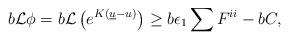
LaTeX: \begin{align*} b\mathcal{L}\phi= b\mathcal{L}\left(e^{K(\underline u-u)}\right)\geq b\epsilon_1 \sum F^{ii}-bC, \end{align*}